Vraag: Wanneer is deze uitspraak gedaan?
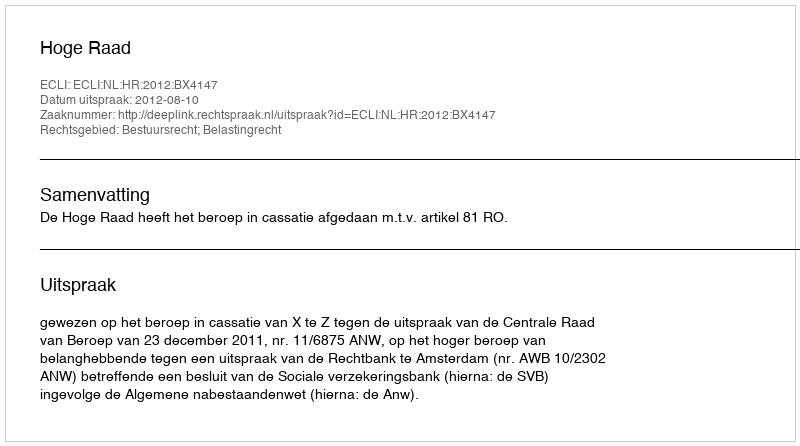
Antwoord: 2012-08-10